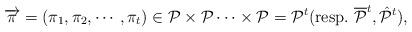
LaTeX: \begin{align*}\overrightarrow{\pi}=(\pi_{1},\pi_{2},\cdots,\pi_{t})\in\mathcal{P}\times\mathcal{P}\cdots\times\mathcal{P}=\mathcal{P}^{t} (\textrm{resp}.~\mathcal{\overline{P}}^{t}, \mathcal{\hat{P}}^t),\end{align*}